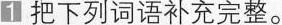
把下列词语补充完整。